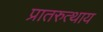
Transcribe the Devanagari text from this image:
प्रातरुत्थाय